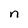
Character: n